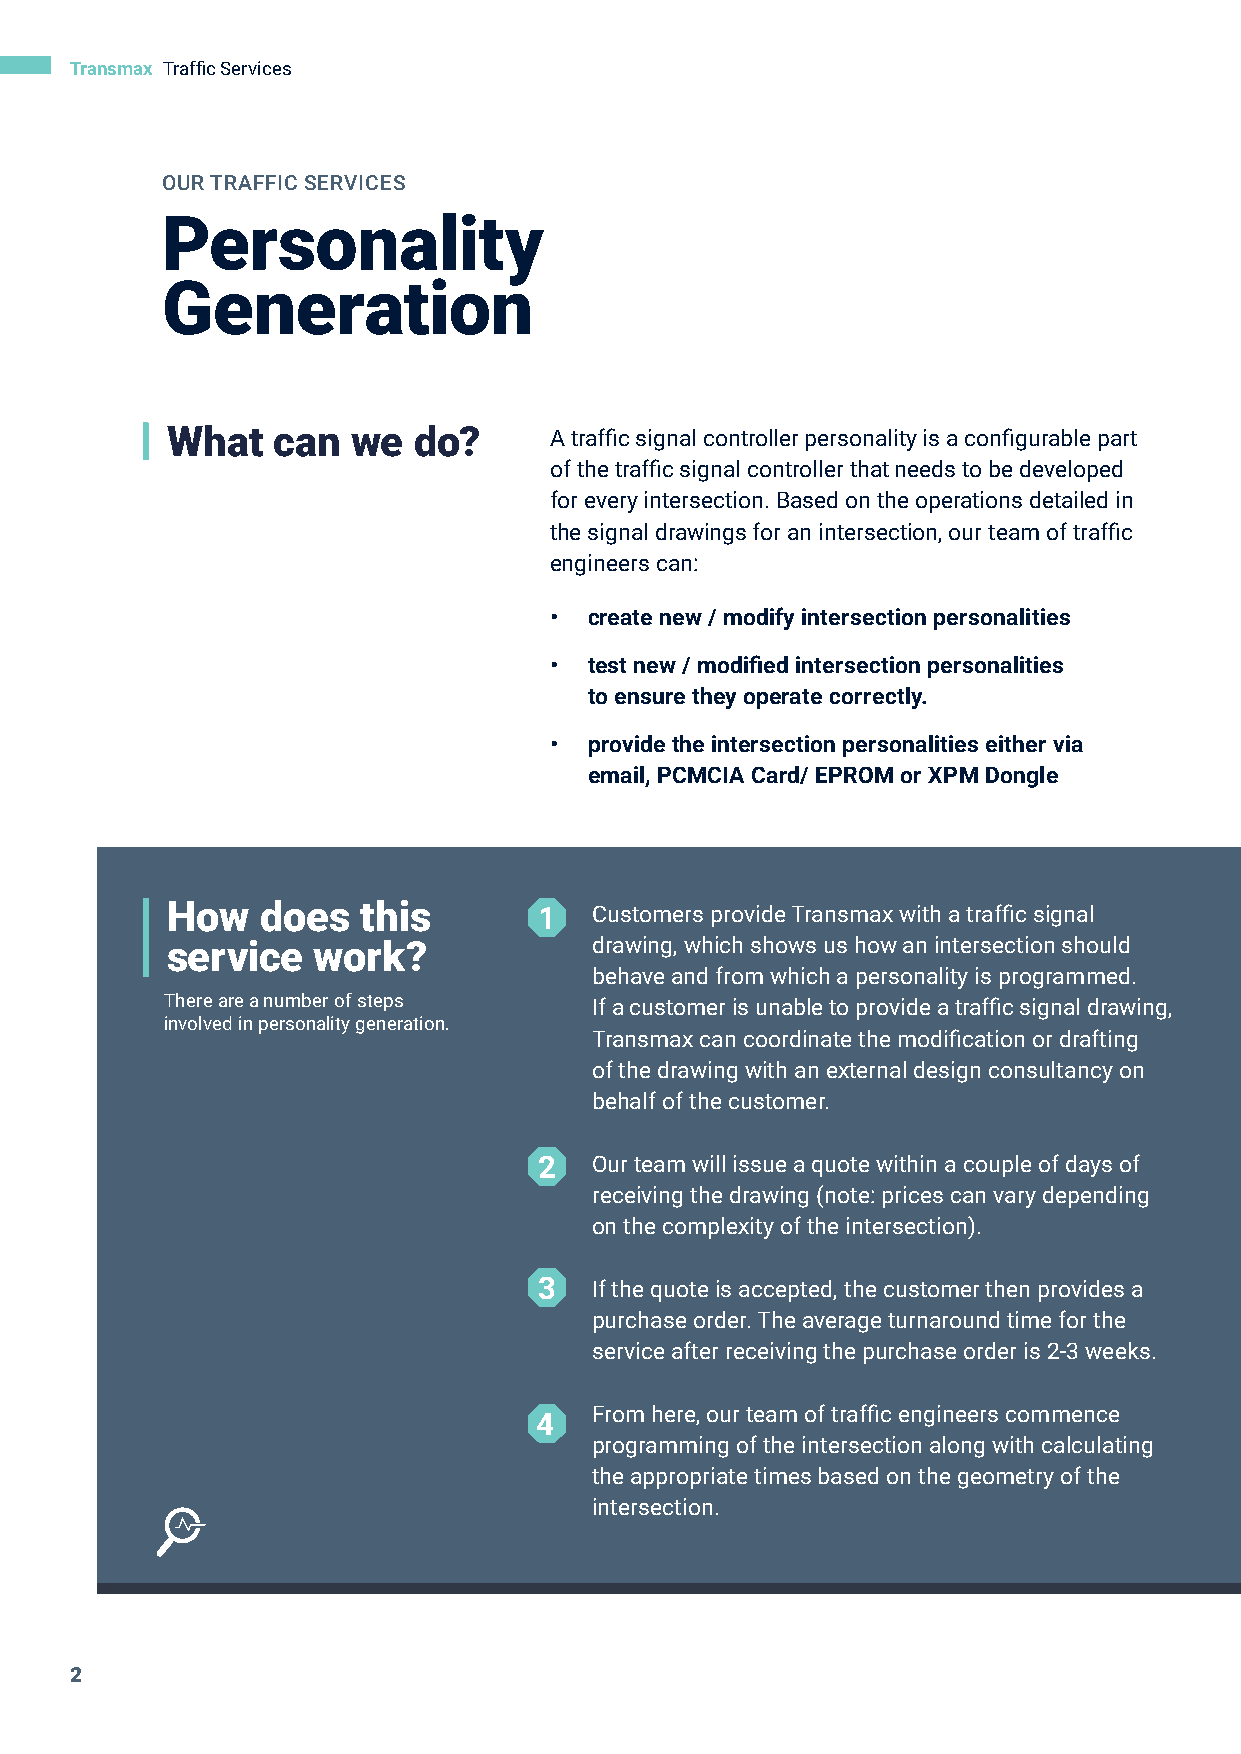
Transmax Traffic Services
 OUR TRAFFIC SERVICES
 Personality
 Generation
 What   can  we  do?      A traffic signal controller personality is a configurable part
 of the traffic signal controller that needs to be developed
 for every intersection. Based on the operations detailed in
 the signal drawings for an intersection, our team of traffic
 engineers can:
 •  create new / modify intersection personalities
 •  test new / modified intersection personalities
 to ensure they operate correctly.
 •  provide the intersection personalities either via
 email, PCMCIA Card/ EPROM or XPM Dongle
 How   does   this        1  Customers provide Transmax with a traffic signal
 service   work?             drawing, which shows us how an intersection should
 behave and from which a personality is programmed.
 There are a number of steps If a customer is unable to provide a traffic signal drawing,
 involved in personality generation.
 Transmax can coordinate the modification or drafting
 of the drawing with an external design consultancy on
 behalf of the customer.
 2  Our team will issue a quote within a couple of days of
 receiving the drawing (note: prices can vary depending
 on the complexity of the intersection).
 3  If the quote is accepted, the customer then provides a
 purchase order. The average turnaround time for the
 service after receiving the purchase order is 2-3 weeks.
 From here, our team of traffic engineers commence
 4
 programming of the intersection along with calculating
 the appropriate times based on the geometry of the
 intersection.
 2